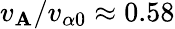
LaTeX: v_{\mathbf{A}}/v_{\alpha0}\approx0.58